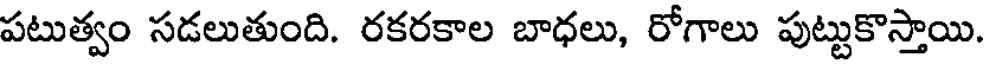
పటుత్వం సడలుతుంది. రకరకాల బాధలు, రోగాలు పుట్టుకొస్తాయి.